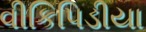
વીકિપિડીયા